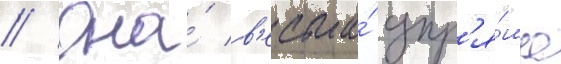
// Она́ в'есьма́ упр'я́ма